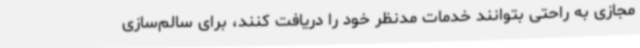
مجازی به راحتی بتوانند خدمات مدنظر خود را دریافت کنند، برای سالم‌سازی